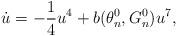
LaTeX: \begin{align*}\dot u = - \frac{1}{4} u^4 + b(\theta_n^0, G_n^0) u^7,\end{align*}